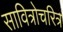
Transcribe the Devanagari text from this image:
सावित्रोचरित्र